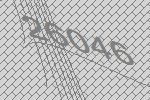
26046